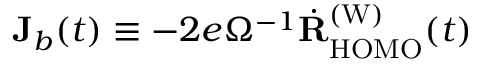
\mathbf { J } _ { b } ( t ) \equiv - 2 e \Omega ^ { - 1 } \dot { \mathbf { R } } _ { \mathrm { H O M O } } ^ { \mathrm { ( W ) } } ( t )